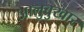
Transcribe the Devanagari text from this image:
आलुबुखार